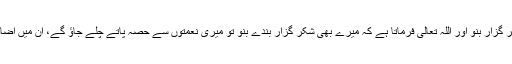
اپنے بھائیوں کے بھی شکر گزار بنو اور اللہ تعالیٰ فرماتا ہے کہ میرے بھی شکر گزار بندے بنو تو میری نعمتوں سے حصہ پاتے چلے جاؤ گے، ان میں اضافہ دیکھتے چلے جاؤ گے۔